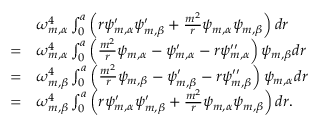
\begin{array} { r l } & { \omega _ { m , \alpha } ^ { 4 } \int _ { 0 } ^ { a } \left( r \psi _ { m , \alpha } ^ { \prime } \psi _ { m , \beta } ^ { \prime } + \frac { m ^ { 2 } } { r } \psi _ { m , \alpha } \psi _ { m , \beta } \right) d r } \\ { = } & { \omega _ { m , \alpha } ^ { 4 } \int _ { 0 } ^ { a } \left( \frac { m ^ { 2 } } { r } \psi _ { m , \alpha } - \psi _ { m , \alpha } ^ { \prime } - r \psi _ { m , \alpha } ^ { \prime \prime } \right) \psi _ { m , \beta } d r } \\ { = } & { \omega _ { m , \beta } ^ { 4 } \int _ { 0 } ^ { a } \left( \frac { m ^ { 2 } } { r } \psi _ { m , \beta } - \psi _ { m , \beta } ^ { \prime } - r \psi _ { m , \beta } ^ { \prime \prime } \right) \psi _ { m , \alpha } d r } \\ { = } & { \omega _ { m , \beta } ^ { 4 } \int _ { 0 } ^ { a } \left( r \psi _ { m , \alpha } ^ { \prime } \psi _ { m , \beta } ^ { \prime } + \frac { m ^ { 2 } } { r } \psi _ { m , \alpha } \psi _ { m , \beta } \right) d r . } \end{array}